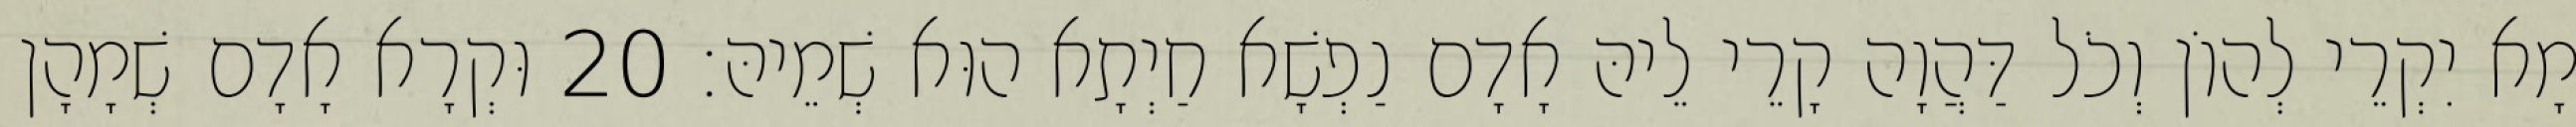
מָא יִקְרֵי לְהוֹן וְכֹל דַּהֲוָה קָרֵי לֵיהּ אָדָם נַפְשָׁא חַיְתָא הוּא שְׁמֵיהּ׃ 20 וּקְרָא אָדָם שְׁמָהָן